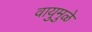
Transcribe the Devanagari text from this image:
वायुमुळे